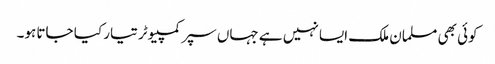
کوئی بھی مسلمان ملک ایسا نہیں ہے جہاں سپر کمپیوٹر تیار کیا جاتا ہو۔